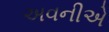
અવનીએ